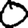
Digit: 0